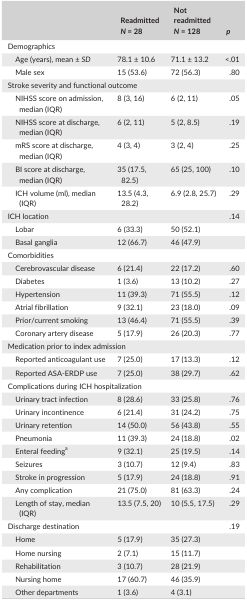
<table><thead><tr><td></td><td><b>Readmitted <i>N</i> = 28</b></td><td><b>Not readmitted <i>N</i> = 128</b></td><td><b><i>p</i></b></td></tr></thead><tbody><tr><td colspan="4">Demographics</td></tr><tr><td>Age (years), mean ± <i>SD</i></td><td>78.1 ± 10.6</td><td>71.1 ± 13.2</td><td>&lt;.01</td></tr><tr><td>Male sex</td><td>15 (53.6)</td><td>72 (56.3)</td><td>.80</td></tr><tr><td colspan="4">Stroke severity and functional outcome</td></tr><tr><td>NIHSS score on admission, median (IQR)</td><td>8 (3, 16)</td><td>6 (2, 11)</td><td>.05</td></tr><tr><td>NIHSS score at discharge, median (IQR)</td><td>6 (2, 11)</td><td>5 (2, 8.5)</td><td>.19</td></tr><tr><td>mRS score at discharge, median (IQR)</td><td>4 (3, 4)</td><td>3 (2, 4)</td><td>.25</td></tr><tr><td>BI score at discharge, median (IQR)</td><td>35 (17.5, 82.5)</td><td>65 (25, 100)</td><td>.10</td></tr><tr><td>ICH volume (ml), median (IQR)</td><td>13.5 (4.3, 28.2)</td><td>6.9 (2.8, 25.7)</td><td>.29</td></tr><tr><td>ICH location</td><td></td><td></td><td>.14</td></tr><tr><td>Lobar</td><td>6 (33.3)</td><td>50 (52.1)</td><td></td></tr><tr><td>Basal ganglia</td><td>12 (66.7)</td><td>46 (47.9)</td><td></td></tr><tr><td colspan="4">Comorbidities</td></tr><tr><td>Cerebrovascular disease</td><td>6 (21.4)</td><td>22 (17.2)</td><td>.60</td></tr><tr><td>Diabetes</td><td>1 (3.6)</td><td>13 (10.2)</td><td>.27</td></tr><tr><td>Hypertension</td><td>11 (39.3)</td><td>71 (55.5)</td><td>.12</td></tr><tr><td>Atrial fibrillation</td><td>9 (32.1)</td><td>23 (18.0)</td><td>.09</td></tr><tr><td>Prior/current smoking</td><td>13 (46.4)</td><td>71 (55.5)</td><td>.39</td></tr><tr><td>Coronary artery disease</td><td>5 (17.9)</td><td>26 (20.3)</td><td>.77</td></tr><tr><td colspan="4">Medication prior to index admission</td></tr><tr><td>Reported anticoagulant use</td><td>7 (25.0)</td><td>17 (13.3)</td><td>.12</td></tr><tr><td>Reported ASA‐ERDP use</td><td>7 (25.0)</td><td>38 (29.7)</td><td>.62</td></tr><tr><td colspan="4">Complications during ICH hospitalization</td></tr><tr><td>Urinary tract infection</td><td>8 (28.6)</td><td>33 (25.8)</td><td>.76</td></tr><tr><td>Urinary incontinence</td><td>6 (21.4)</td><td>31 (24.2)</td><td>.75</td></tr><tr><td>Urinary retention</td><td>14 (50.0)</td><td>56 (43.8)</td><td>.55</td></tr><tr><td>Pneumonia</td><td>11 (39.3)</td><td>24 (18.8)</td><td>.02</td></tr><tr><td>Enteral feedinga</td><td>9 (32.1)</td><td>25 (19.5)</td><td>.14</td></tr><tr><td>Seizures</td><td>3 (10.7)</td><td>12 (9.4)</td><td>.83</td></tr><tr><td>Stroke in progression</td><td>5 (17.9)</td><td>24 (18.8)</td><td>.91</td></tr><tr><td>Any complication</td><td>21 (75.0)</td><td>81 (63.3)</td><td>.24</td></tr><tr><td>Length of stay, median (IQR)</td><td>13.5 (7.5, 20)</td><td>10 (5.5, 17.5)</td><td>.29</td></tr><tr><td>Discharge destination</td><td></td><td></td><td>.19</td></tr><tr><td>Home</td><td>5 (17.9)</td><td>35 (27.3)</td><td></td></tr><tr><td>Home nursing</td><td>2 (7.1)</td><td>15 (11.7)</td><td></td></tr><tr><td>Rehabilitation</td><td>3 (10.7)</td><td>28 (21.9)</td><td></td></tr><tr><td>Nursing home</td><td>17 (60.7)</td><td>46 (35.9)</td><td></td></tr><tr><td>Other departments</td><td>1 (3.6)</td><td>4 (3.1)</td><td></td></tr></tbody></table>